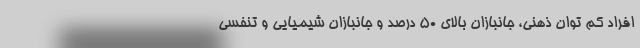
افراد کم توان ذهنی، جانبازان بالای ۵۰ درصد و جانبازان شیمیایی و تنفسی